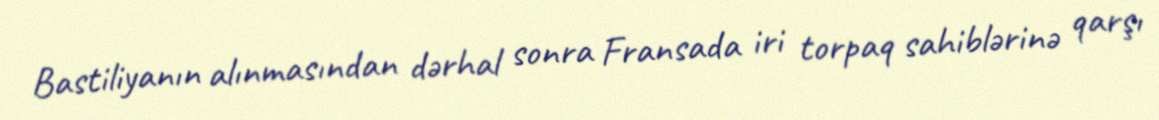
Bastiliyanın alınmasından dərhal sonra Fransada iri torpaq sahiblərinə qarşı